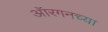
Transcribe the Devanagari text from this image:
ऑरगनच्या